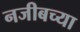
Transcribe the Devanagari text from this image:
नजीबच्या